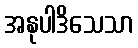
အနုပါဒိသေသာ